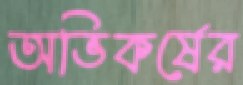
অভিকর্ষের